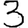
Digit: 3